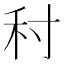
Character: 𡬟